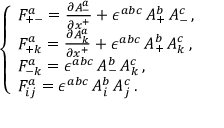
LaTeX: \left\{ \begin{array} { l } { { F _ { + - } ^ { a } = \frac { \partial A _ { - } ^ { a } } { \partial x ^ { + } } + \epsilon ^ { a b c } \, A _ { + } ^ { b } \, A _ { - } ^ { c } \, , } } \\ { { F _ { + k } ^ { a } = \frac { \partial A _ { k } ^ { a } } { \partial x ^ { + } } + \epsilon ^ { a b c } \, A _ { + } ^ { b } \, A _ { k } ^ { c } \, , } } \\ { { F _ { - k } ^ { a } = \epsilon ^ { a b c } \, A _ { - } ^ { b } \, A _ { k } ^ { c } \, , } } \\ { { F _ { i j } ^ { a } = \epsilon ^ { a b c } \, A _ { i } ^ { b } \, A _ { j } ^ { c } \, . } } \end{array} \right.